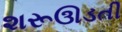
શરૂઊડતી